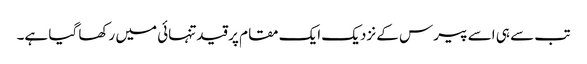
تب سے ہی اسے پیرس کے نزدیک ایک مقام پر قیدتنہائی میں رکھا گیا ہے۔